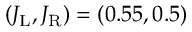
( J _ { \mathrm { L } } , J _ { \mathrm { R } } ) = ( 0 . 5 5 , 0 . 5 )